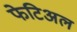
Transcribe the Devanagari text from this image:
फेटिअल